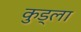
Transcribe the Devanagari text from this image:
कुड्ला